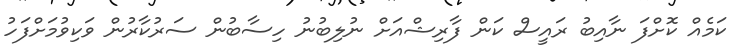
ކަމެއް ކޮށްފަ ނާއިބު ރައީސް ކަން ފާރިޝްއަށް ނުލިބުނު ހިސާބުން ސަރުކާރުން ވަކިވުމަށްފަހު